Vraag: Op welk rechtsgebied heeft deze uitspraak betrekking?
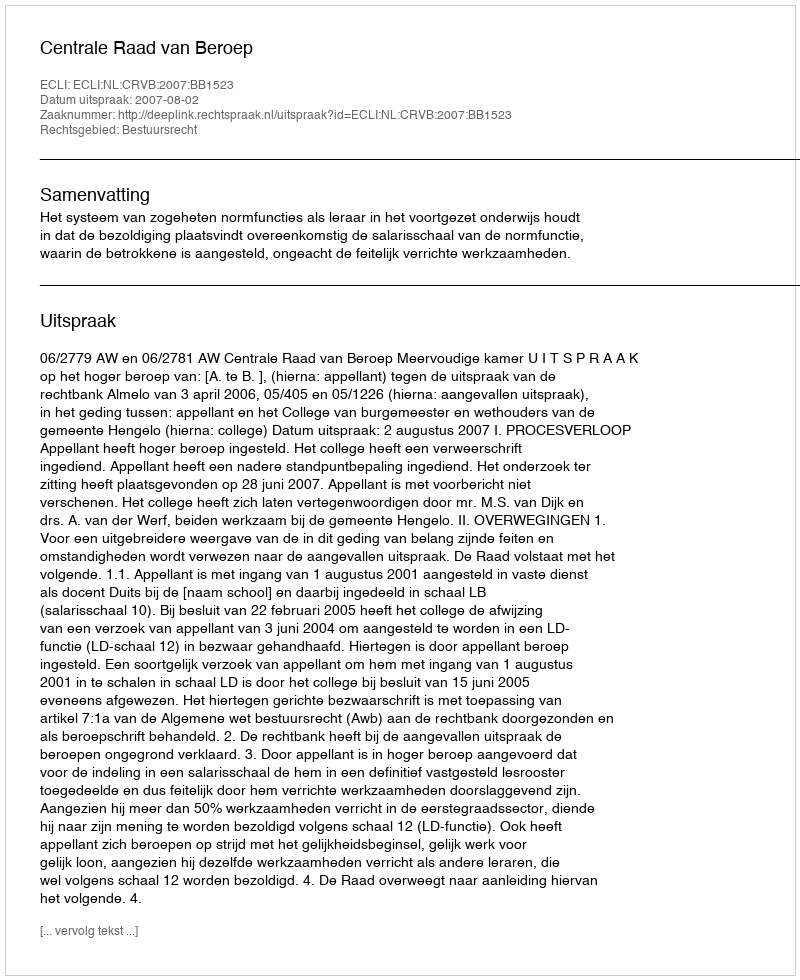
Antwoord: Bestuursrecht